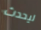
ليحدث